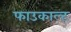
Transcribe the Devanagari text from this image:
फाउकाल्ट